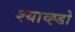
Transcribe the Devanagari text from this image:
श्याव्ह्डो